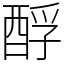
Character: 酻